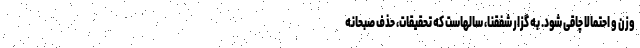
وزن و احتمالا چاقی شود. به گزار شفقنا، سالهاست که تحقیقات، حذف صبحانه